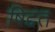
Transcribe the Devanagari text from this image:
षिद्दत